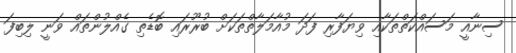
ސިނާއީ މަސައްކަތްތަކާއި ވިޔަފާރި ފަދަ މުއާމަލާތްތަކަށް ބުރޫރައި ބޮޑެތި ގެއްލުންތައް ވަނީ ލިބިފަ